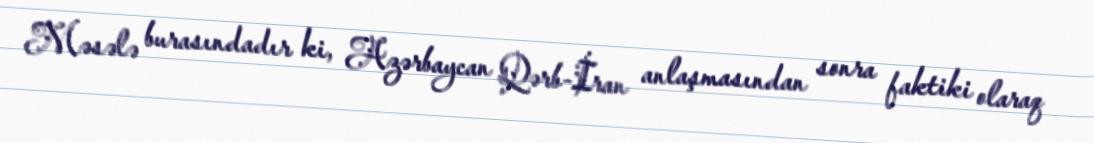
Məsələ burasındadır ki, Azərbaycan Qərb-İran anlaşmasından sonra faktiki olaraq